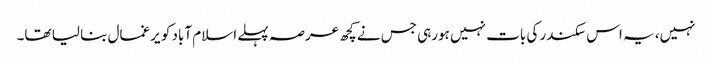
نہیں، یہ اس سکندر کی بات نہیں ہورہی جس نے کچھ عرصہ پہلے اسلام آباد کو یرغمال بنا لیا تھا۔